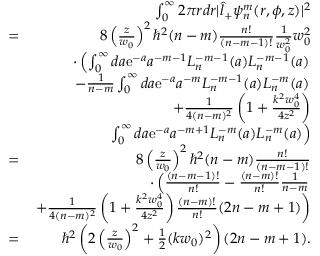
\begin{array} { r l r } & { } & { \int _ { 0 } ^ { \infty } 2 \pi r d r | \hat { l } _ { + } \psi _ { n } ^ { m } ( r , \phi , z ) | ^ { 2 } } \\ & { = } & { 8 \left( \frac { z } { w _ { 0 } } \right) ^ { 2 } \hbar ^ { 2 } ( n - m ) \frac { n ! } { ( n - m - 1 ) ! } \frac { 1 } { w _ { 0 } ^ { 2 } } w _ { 0 } ^ { 2 } } \\ & { } & { \cdot \left( \int _ { 0 } ^ { \infty } d a \mathrm { e } ^ { - a } a ^ { - m - 1 } L _ { n } ^ { - m - 1 } ( a ) L _ { n } ^ { - m - 1 } ( a ) \right. } \\ & { } & { \left. - \frac { 1 } { n - m } \int _ { 0 } ^ { \infty } d a \mathrm { e } ^ { - a } a ^ { - m } L _ { n } ^ { - m - 1 } ( a ) L _ { n } ^ { - m } ( a ) \right. } \\ & { } & { + \frac { 1 } { 4 ( n - m ) ^ { 2 } } \left( 1 + \frac { k ^ { 2 } w _ { 0 } ^ { 4 } } { 4 z ^ { 2 } } \right) } \\ & { } & { \left. \int _ { 0 } ^ { \infty } d a \mathrm { e } ^ { - a } a ^ { - m + 1 } L _ { n } ^ { - m } ( a ) L _ { n } ^ { - m } ( a ) \right) } \\ & { = } & { 8 \left( \frac { z } { w _ { 0 } } \right) ^ { 2 } \hbar ^ { 2 } ( n - m ) \frac { n ! } { ( n - m - 1 ) ! } } \\ & { } & { \cdot \left( \frac { ( n - m - 1 ) ! } { n ! } - \frac { ( n - m ) ! } { n ! } \frac { 1 } { n - m } \right. } \\ & { } & { \left. + \frac { 1 } { 4 ( n - m ) ^ { 2 } } \left( 1 + \frac { k ^ { 2 } w _ { 0 } ^ { 4 } } { 4 z ^ { 2 } } \right) \frac { ( n - m ) ! } { n ! } ( 2 n - m + 1 ) \right) } \\ & { = } & { \hbar ^ { 2 } \left( 2 \left( \frac { z } { w _ { 0 } } \right) ^ { 2 } + \frac { 1 } { 2 } ( k w _ { 0 } ) ^ { 2 } \right) ( 2 n - m + 1 ) . } \end{array}